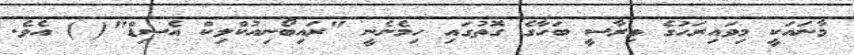
މާނައަކީ މިވައިރަހުގެ ވިރާސީ ބަހާގެ ގޮތުގައި ހިމެނެނީ "ރައިބޯނިއުކްލިކް އެސިޑް"( ) އެވެ.